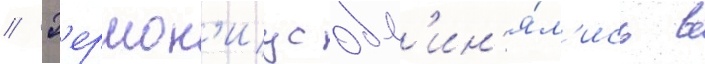
// Г'ермон'иус обв'ин'я́л'ись в